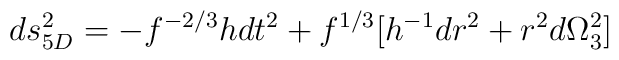
ds_{5D}^2 = - f^{-2/3} h dt^2 + f^{1/3} [ h^{-1} dr^2 + r^2 d \Omega_3^2]